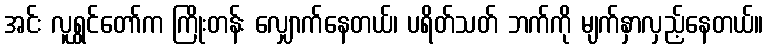
အင်း လူရွှင်တော်က ကြိုးတန်း လျှောက်နေတယ်၊ ပရိတ်သတ် ဘက်ကို မျက်နှာလှည့်နေတယ်။